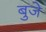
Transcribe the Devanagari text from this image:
बुजे